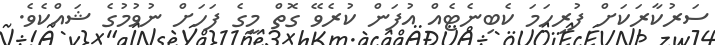
ސަރުކާރަކަށް ފުރިހަމަ ކެބިނެޓެއް އުފަން ކުރެވޭ ގޮތް މީގެ ފަހަށް ނުވުމުގެ ޝައްކެވެ.